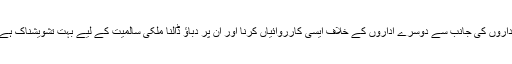
اداروں کی جانب سے دوسرے اداروں کے خلاف ایسی کارروائیاں کرنا اور ان پر دباؤ ڈالنا ملکی سالمیت کے لیے بہت تشویشناک ہے۔